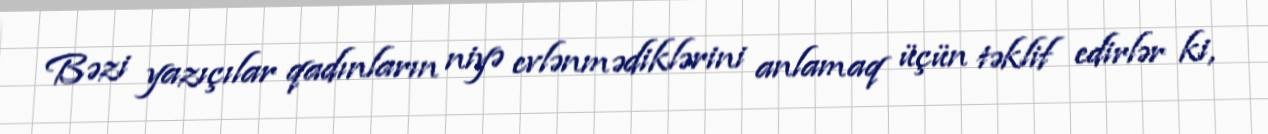
Bəzi yazıçılar qadınların niyə evlənmədiklərini anlamaq üçün təklif edirlər ki,